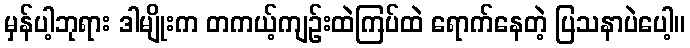
မှန်ပါ့ဘုရား ဒါမျိုးက တကယ့်ကျဉ်းထဲကြပ်ထဲ ရောက်နေတဲ့ ပြသနာပဲပေါ့။